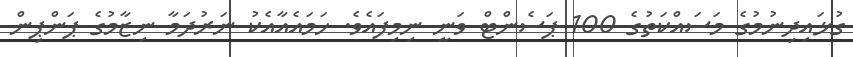
ގުޅައިދިނުމުގެ މަސައްކަތުގެ 100 ޕަސެންޓް ވަނީ ނިމިފައެވެ. ހަމައެއާއެކު ނަރުދަމާ ނިޒާމުގެ ޕަންޕިން